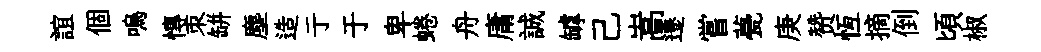
誼個嗚慱朿缾塵造亍于卑蜷舟庸誠罅己嵩遷嘗甍庚赞恆摘倒頃椒